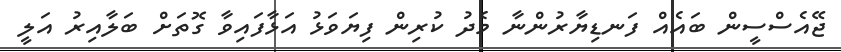
ޖޭއެސްސީން ބައެއް ފަނޑިޔާރުންނާ މެދު ކުރިން ފިޔަވަޅު އަޅާފައިވާ ގޮތަށް ބަލާއިރު އަލީ